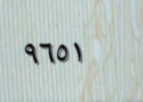
٩٦٥١